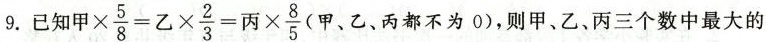
9.已知$$甲 \times \frac { 5 } { 8 } = 乙 \times \frac { 2 } { 3 } = 丙 \times \frac { 8 } { 5 }$$(甲、乙，丙都不为0)，则甲、乙、丙三个数中最大的